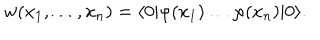
w ( x _ { 1 } , \ldots , x _ { n } ) = \langle 0 | \varphi ( x _ { 1 } ) \ldots \varphi ( x _ { n } ) | 0 \rangle .